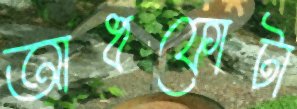
আধফোটা